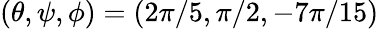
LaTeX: (\theta,\psi,\phi)=(2\pi/5,\pi/2,-7\pi/15)